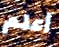
أعلم